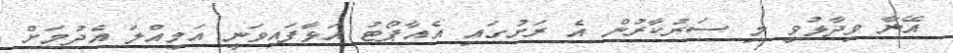
އޭނާ ވިދާޅުވީ މި ސަރުކާރުން އެ ރަށުގައި އެއާޕޯޓު އަޅާފައިވަނީ އަމިއްލަ އެދުމަށް